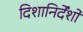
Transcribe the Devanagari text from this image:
दिशानिर्देंशों